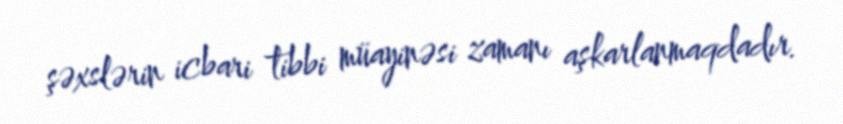
şəxslərin icbari tibbi müayinəsi zamanı aşkarlanmaqdadır.